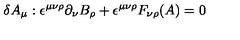
\delta A _ { \mu } : \epsilon ^ { \mu \nu \rho } \partial _ { \nu } B _ { \rho } + \epsilon ^ { \mu \nu \rho } F _ { \nu \rho } ( A ) = 0